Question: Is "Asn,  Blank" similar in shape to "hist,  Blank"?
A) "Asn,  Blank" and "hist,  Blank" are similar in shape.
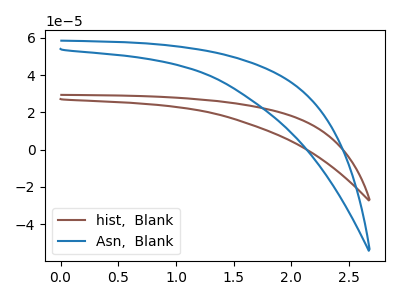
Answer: <think>The brown curve "hist,  Blank" has no peaks. The blue curve "Asn,  Blank" has no peaks.
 Neither "Asn,  Blank" or "hist,  Blank" have any peaks.</think>
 <answer>A) "Asn,  Blank" and "hist,  Blank" are similar in shape.</answer>
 <eval>A</eval>